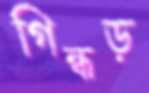
গিন্ধড়